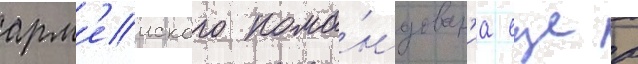
арм'еиского кома́ндован'иа еще в